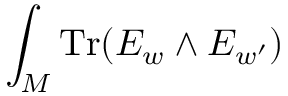
\int _ { \cal M } \mathrm { T r } ( E _ { w } \wedge E _ { w ^ { \prime } } )